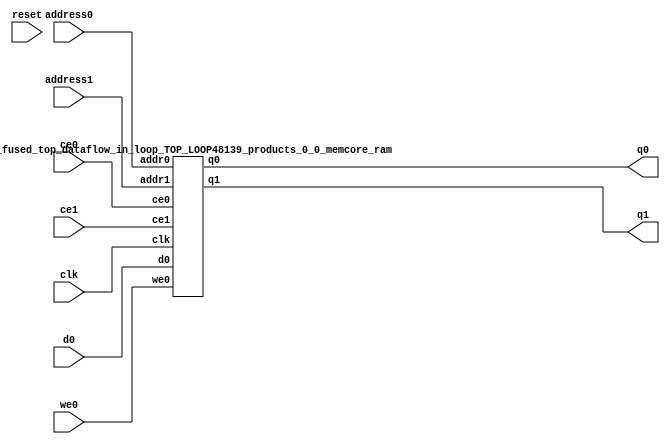
`define EXPONENT 5
`define MANTISSA 10
`define ACTUAL_MANTISSA 11
`define EXPONENT_LSB 10
`define EXPONENT_MSB 14
`define MANTISSA_LSB 0
`define MANTISSA_MSB 9
`define MANTISSA_MUL_SPLIT_LSB 3
`define MANTISSA_MUL_SPLIT_MSB 9
`define SIGN 1
`define SIGN_LOC 15
`define DWIDTH (`SIGN+`EXPONENT+`MANTISSA)
`define IEEE_COMPLIANCE 1

module td_fused_top_dataflow_in_loop_TOP_LOOP48139_products_0_0_memcore(
    reset,
    clk,
    address0,
    ce0,
    we0,
    d0,
    q0,
    address1,
    ce1,
    q1);

parameter DataWidth = 32'd16;
parameter AddressRange = 32'd72;
parameter AddressWidth = 32'd7;
input reset;
input clk;
input[AddressWidth - 1:0] address0;
input ce0;
input we0;
input[DataWidth - 1:0] d0;
output[DataWidth - 1:0] q0;
input[AddressWidth - 1:0] address1;
input ce1;
output[DataWidth - 1:0] q1;



td_fused_top_dataflow_in_loop_TOP_LOOP48139_products_0_0_memcore_ram td_fused_top_dataflow_in_loop_TOP_LOOP48139_products_0_0_memcore_ram_U(
    .clk( clk ),
    .addr0( address0 ),
    .ce0( ce0 ),
    .we0( we0 ),
    .d0( d0 ),
    .q0( q0 ),
    .addr1( address1 ),
    .ce1( ce1 ),
    .q1( q1 )
);

endmodule
module td_fused_top_dataflow_in_loop_TOP_LOOP48139_products_0_0_memcore_ram (addr0, ce0, d0, we0, q0, addr1, ce1, q1,  clk);

parameter DWIDTH = 16;
parameter AWIDTH = 7;
parameter MEM_SIZE = 72;

input[AWIDTH-1:0] addr0;
input ce0;
input[DWIDTH-1:0] d0;
input we0;
output reg[DWIDTH-1:0] q0;
input[AWIDTH-1:0] addr1;
input ce1;
output reg[DWIDTH-1:0] q1;
input clk;

reg [DWIDTH-1:0] ram[MEM_SIZE-1:0];




always @(posedge clk)  
begin 
    if (ce0) begin
        if (we0) 
            ram[addr0] <= d0; 
        q0 <= ram[addr0];
    end
end


always @(posedge clk)  
begin 
    if (ce1) begin
        q1 <= ram[addr1];
    end
end


endmodule